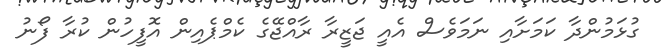
ގުޅަމުންދާ ކަމަށާއި ނަމަވެސް އެއީ ޖަޒީރާ ރާއްޖޭގެ ކެމްޕެއިން އޮފީހުން ކުރާ ފޯނު